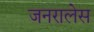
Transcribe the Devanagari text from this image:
जनरालेस